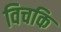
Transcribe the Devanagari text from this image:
विचकि